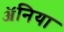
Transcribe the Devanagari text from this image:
ॲनिया